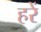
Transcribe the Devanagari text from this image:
हरें